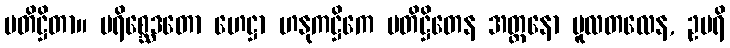
ပတိဋ္ဌိတာ။ ပရိစ္ဆေဒတော ဟေဋ္ဌာ ဟနုကဋ္ဌိကေ ပတိဋ္ဌိတေန အတ္တနော မူလတလေန, ဥပရိ